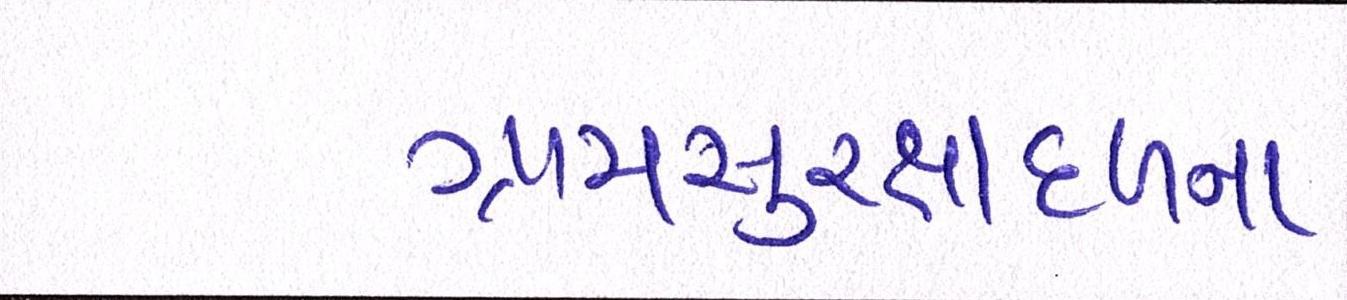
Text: ગ્રામસુરક્ષાદળના